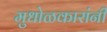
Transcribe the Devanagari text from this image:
मुधोळकारांनी